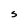
Character: S